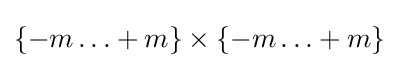
\{-m\ldots +m\}\times \{-m\ldots +m\}